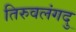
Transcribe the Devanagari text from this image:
तिरुवलंगदु